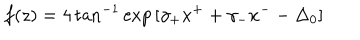
LaTeX: f ( z ) = 4 \tan ^ { - 1 } \exp { [ \gamma _ { + } x ^ { + } + \gamma _ { - } x ^ { - } - \Delta _ { 0 } ] }